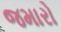
જમારો